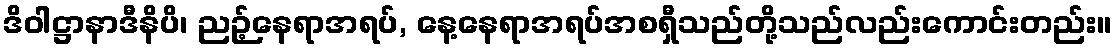
ဒိဝါဋ္ဌာနာဒီနိပိ၊ ညဉ့်နေရာအရပ်, နေ့နေရာအရပ်အစရှီသည်တို့သည်လည်းကောင်းတည်း။